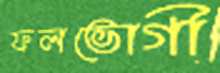
ফলভোগী